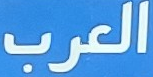
العرب